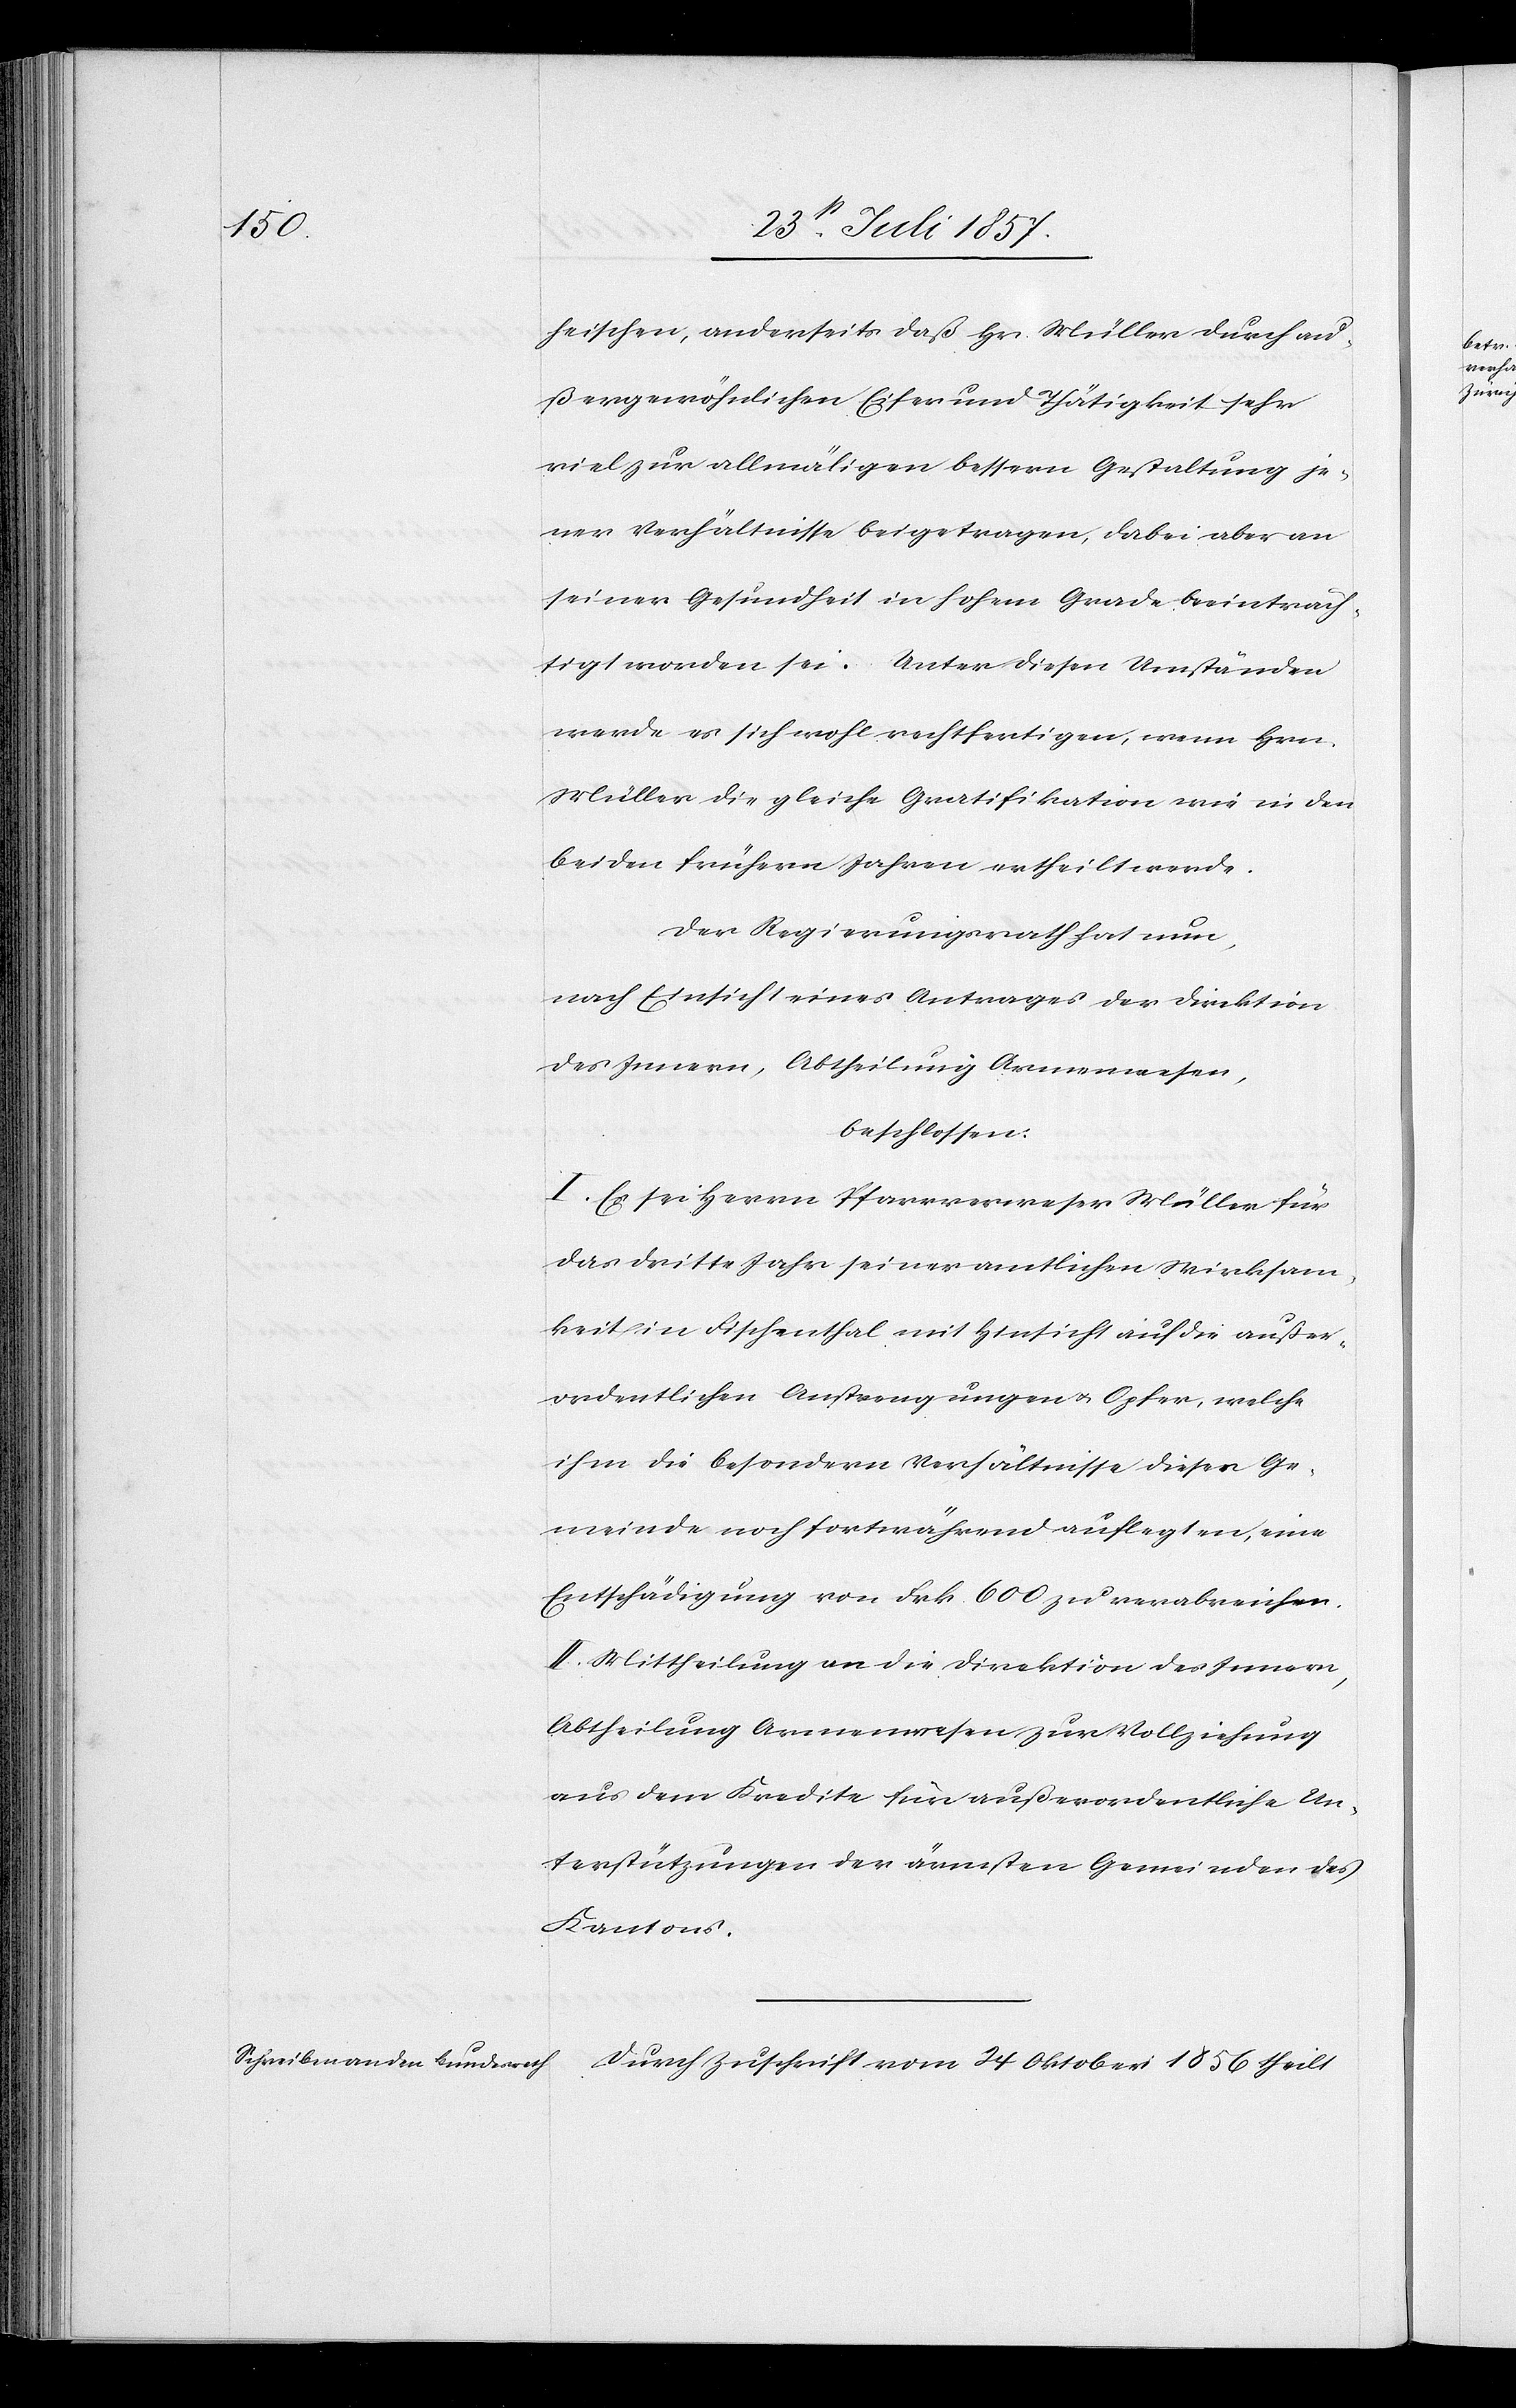
heischen, anderseits daß Hr. Müller durch au¬
ßergewöhnlichen Eifer und Thätigkeit sehr
viel zu allmäligen bessern Gestaltung je¬
ner Verhältnisse beigetragen, dabei aber an
seiner Gesundheit in hohem Grade beeinträch¬
tigt worden sei. Unter diesen Umständen
werde es sich wohl rechtfertigen, wenn Hrn.
Müller die gleiche Qualifikation wie in den
beiden frühern Jahren ertheilt werde.
Der Regierungsrath hat nun,
nach Einsicht eines Antrages der Direktion
des Innern, Abtheilung Armenwesen,
beschlossen:
I. Es sei Herrn Pfarrverweser Müller für
das dritte Jahr seiner amtlichen Wirksam¬
keit in Fischenthal mit Hinsicht auf die außer¬
ordentlichen Anstrengungen & Opfer, welche
ihm die besondern Verhältnisse dieser Ge¬
meinde noch fortwährend auflegten, eine
Entschädigung von Frk. 600 zu verabreichen.
II. Mittheilung an die Direktion des Innern,
Abtheilung Armenwesen zur Vollziehung
aus dem Kredite für außerordentliche Un¬
terstützungen der ärmsten Gemeinden des
Kantons.
Durch Zuschrift vom 24 Oktober 1856 theilt